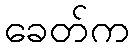
ခေတ်က